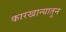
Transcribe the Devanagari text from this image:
कारखान्यातुन